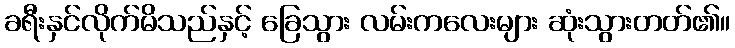
ခရီးနှင်လိုက်မိသည်နှင့် ခြေသွား လမ်းကလေးများ ဆုံးသွားတတ်၏။